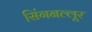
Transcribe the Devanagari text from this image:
सिंगनल्लूर